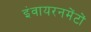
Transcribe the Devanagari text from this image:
इंवायरनमेंटों